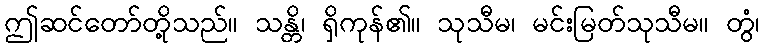
ဤဆင်တော်တို့သည်။ သန္တိ၊ ရှိကုန်၏။ သုသီမ၊ မင်းမြတ်သုသီမ။ တွံ၊